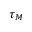
\tau _ { M }